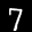
Label: 7